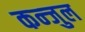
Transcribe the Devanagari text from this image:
कन्जुल